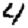
Digit: 4